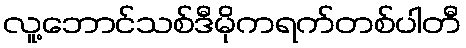
လူ့ဘောင်သစ်ဒီမိုကရက်တစ်ပါတီ